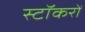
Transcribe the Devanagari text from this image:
स्टॉकरों